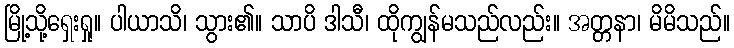
မြို့သို့ရှေးရှု။ ပါယာသိ၊ သွား၏။ သာပိ ဒါသီ၊ ထိုကျွန်မသည်လည်း။ အတ္တနာ၊ မိမိသည်။